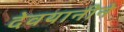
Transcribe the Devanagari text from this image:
देवयानीने